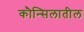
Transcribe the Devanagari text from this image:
कौन्सिलातील